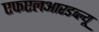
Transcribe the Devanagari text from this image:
एफएलआरडब्ल्यू